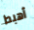
أهبط